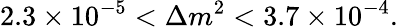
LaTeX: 2.3\times 10^{-5}<\Delta m^{2}<3.7\times 10^{-4}.